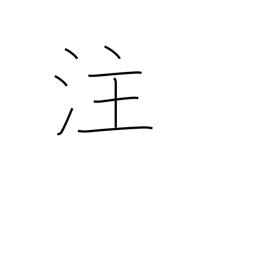
Meaning: irrigate